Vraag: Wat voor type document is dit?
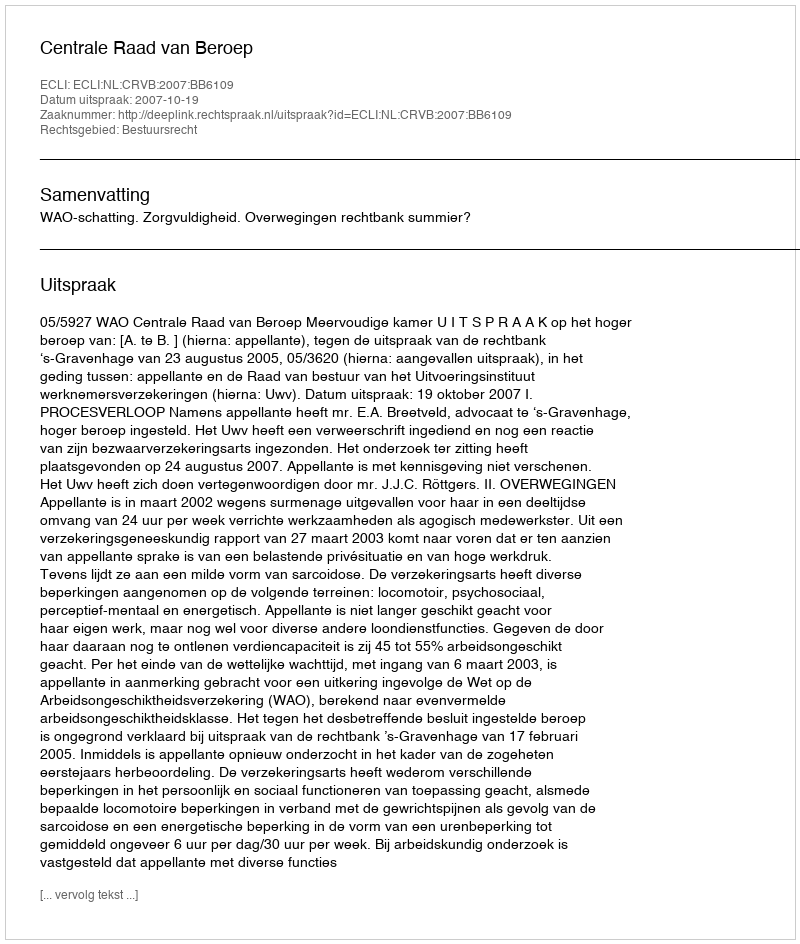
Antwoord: Uitspraak